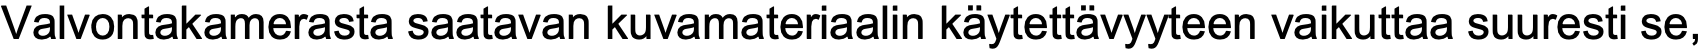
Valvontakamerasta saatavan kuvamateriaalin käytettävyyteen vaikuttaa suuresti se,